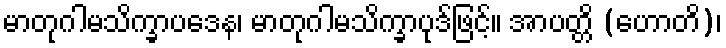
မာတုဂါမသိက္ခာပဒေန၊ မာတုဂါမသိက္ခာပုဒ်ဖြင့်။ အာပတ္တိ (ဟောတိ)၊